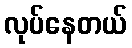
လုပ်နေတယ်